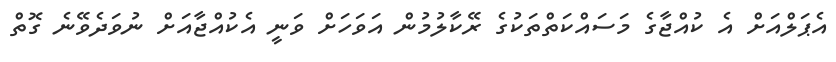
އެޕަލްއަށް އެ ކުއްޖާގެ މަސައްކަތްތަކުގެ ރޭކާލުމުން އަވަހަށް ވަނީ އެކުއްޖާއަށް ނުވަދެވޭނެ ގޮތް